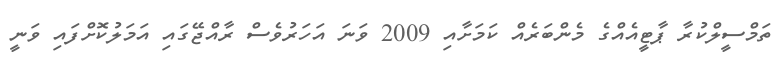
ތަމްސީލްކުރާ ޕާޓީއެއްގެ މެންބަރެއް ކަމަށާއި 2009 ވަނަ އަހަރުވެސް ރާއްޖޭގައި އަމަލުކޮށްފައި ވަނީ